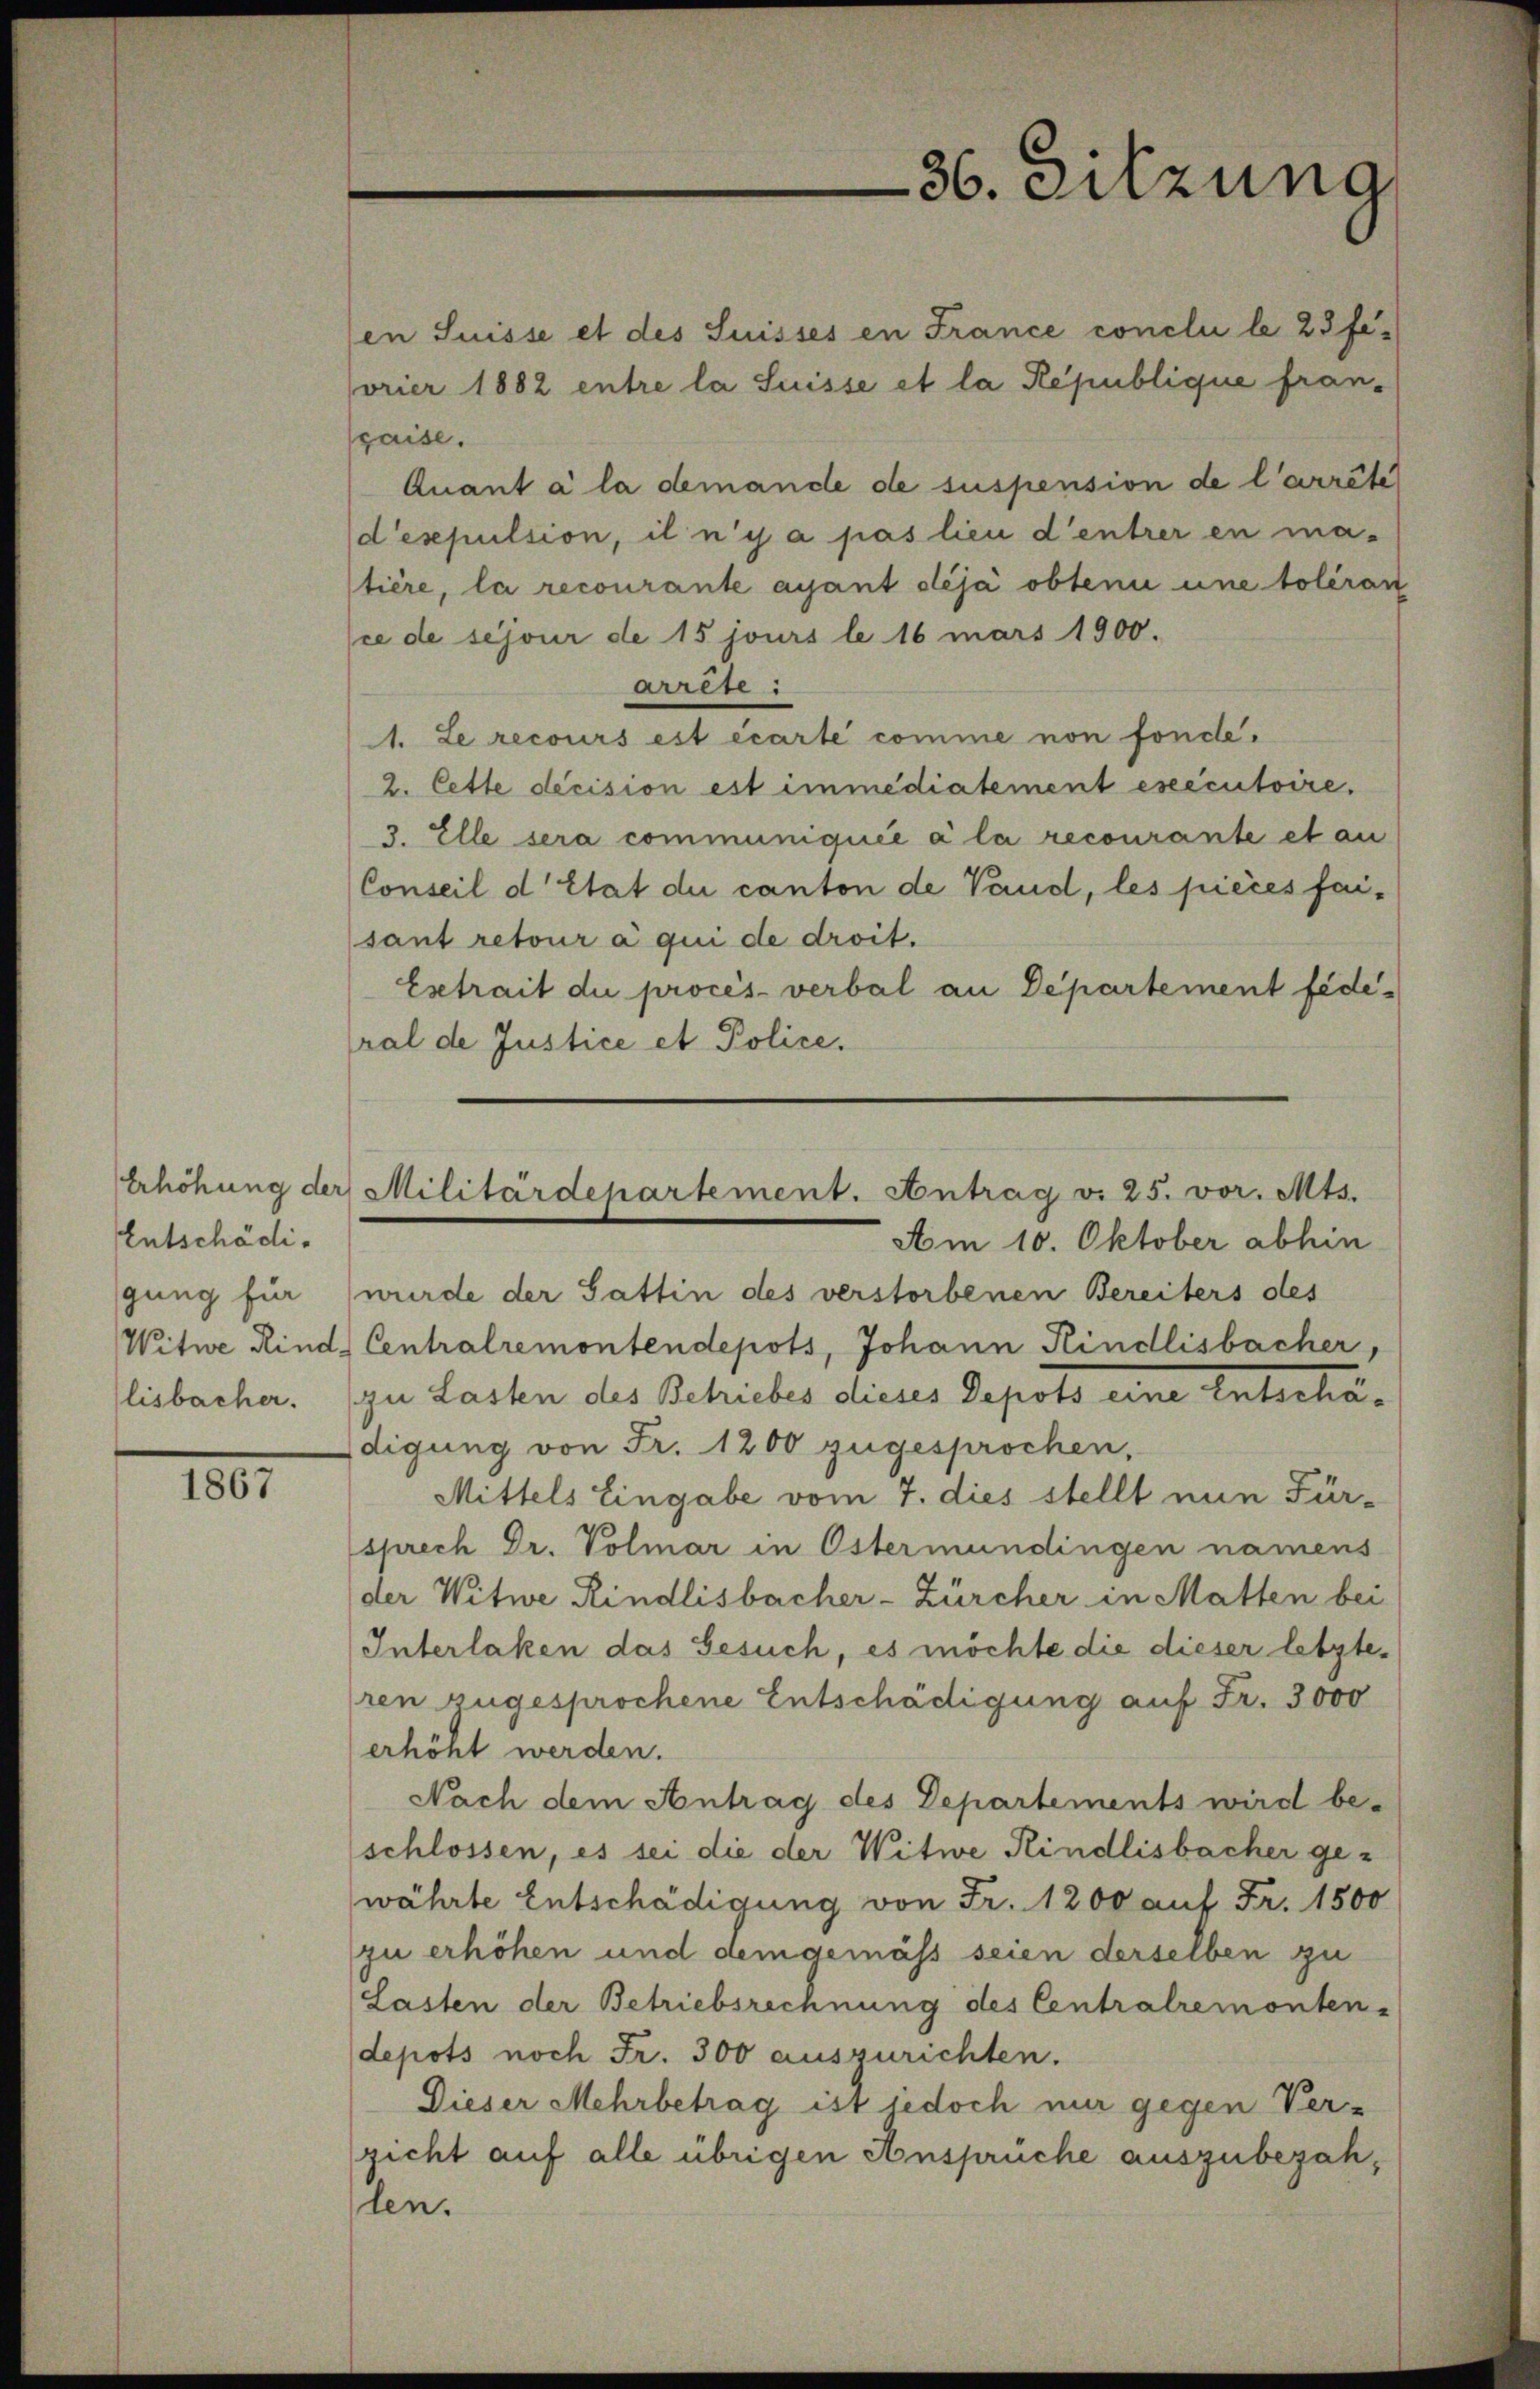
Erhöhung der
Entschädigung für
Witwe Kind.
lisbacher.

1867

en Suisse et des Suisses en France conclui le 23 fevrier 1882 entre la Suisse et la République fran-
paise.
Quant à la demande de suspension de l’arrête
d’esepulsion, il n’y a pas lieu d’entrer en ma-
tière, la recourante ayant déjà obtenu une toléran
sce de séjour de 15 jours le 16 mars 1900.
arrête:
A1. Le recours est écarte comme non fonde¬
2. Cette decision est immediatement esecutoire.
3. Elle sera communiquée à la recourante et an
Conseil d’Etat die canton de Vaud, les pièces faisant retour a qui de droit.
Esetrait du procès-verbal an Departement federal de Justice et Police.
Am 10. Oktober abhin
wurde der Sattin des verstorbenen Bereiters des
Centralremontendepots, Johann Kindlisbacher,
zu Lasten des Schriebes dieses Depots eine Entschädigung von Fr. 1200 zugesprochen,
Mittels Eingabe vom 7. dies stellt nun Für-
sprech Dr. Volmar in Östermündingen namens
der Witwe Rindlisbacher-Zürcher in Matten bei
Interlaken das Gesuch, es möchte die dieser letzteren zugesprochene Entschädigung auf Fr. 3000
erhöht werden.
Nach dem Antrag des Departements wird be-
schlossen, es sei die der Witwe Rindlisbacher gewährte Entschädigung von Fr. 1200 auf Fr. 1500
zu erhöhen und dem gemäss seien derselben zu
Lasten der Betriebsrechnung des Centralremonten-
depots noch Fr. 300 auszurichten.
Dieser Mehrbetrag ist jedoch nur gegen Verzicht auf alle übrigen Anspruche auszubezahlen.

36. Sitzung

Militärdepartement. Antrag v. 25. vor. Mts.